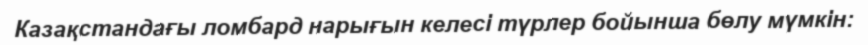
Казақстандағы ломбард нарығын келесі түрлер бойынша бөлу мүмкін: